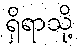
ရှိရာသို့